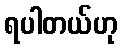
ရပါတယ်ဟု